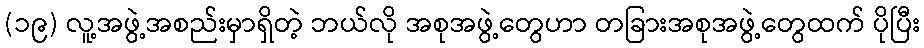
(၁၉) လူ့အဖွဲ့အစည်းမှာရှိတဲ့ ဘယ်လို အစုအဖွဲ့တွေဟာ တခြားအစုအဖွဲ့တွေထက် ပိုပြီး